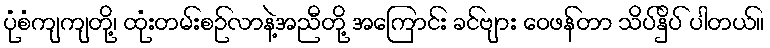
ပုံစံကျကျတို့၊ ထုံးတမ်းစဉ်လာနဲ့အညီတို့ အကြောင်း ခင်ဗျား ဝေဖန်တာ သိပ်နှိပ် ပါတယ်။